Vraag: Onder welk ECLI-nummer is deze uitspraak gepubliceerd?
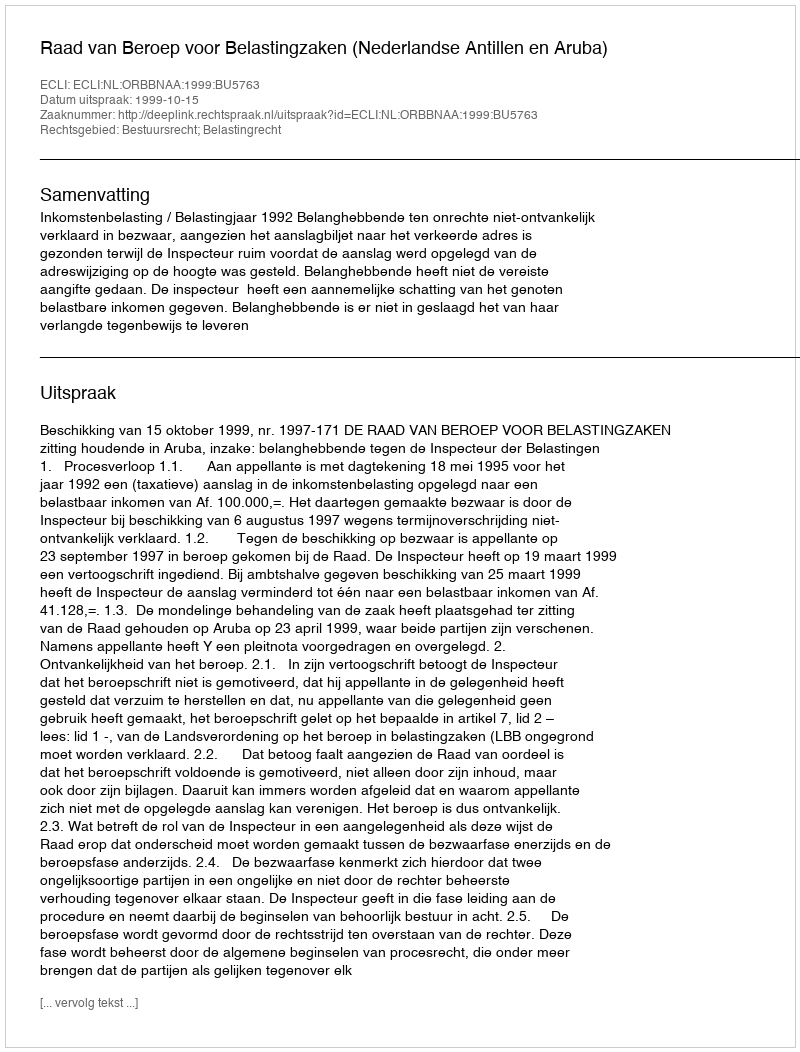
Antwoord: ECLI:NL:ORBBNAA:1999:BU5763